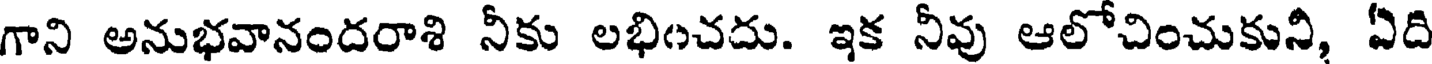
గాని అనుభవానందరాశి నీకు లభించదు. ఇక నీవు ఆలోచించుకుని, ఏది